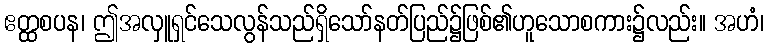
ဧတ္ထစပန၊ ဤအလှူရှင်သေလွန်သည်ရှိသော်နတ်ပြည်၌ဖြစ်၏ဟူသောစကား၌လည်း။ အဟံ၊